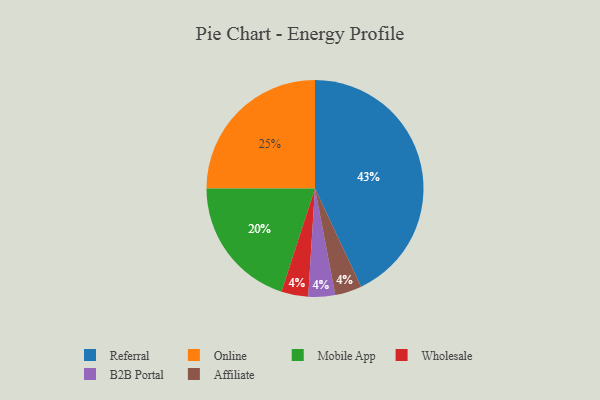
{"axis": {"x": "Category", "y": "Percentage"}, "legend": ["Affiliate", "B2B Portal", "Mobile App", "Online", "Referral", "Wholesale"], "data": [{"x": "Wholesale", "y": 4, "type": "Wholesale"}, {"x": "Referral", "y": 43, "type": "Referral"}, {"x": "B2B Portal", "y": 4, "type": "B2B Portal"}, {"x": "Online", "y": 25, "type": "Online"}, {"x": "Mobile App", "y": 20, "type": "Mobile App"}, {"x": "Affiliate", "y": 4, "type": "Affiliate"}]}